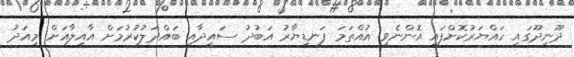
ދޫނިދޫގައި ހައްޔަރުކޮށްފައި އޮންނެވި އުއްތަމަ ފަނޑިޔާރު އަބުދު ސައީދާއި ބައްދަލުކުރުމަށް އާއިލާއަށް މިއަދު